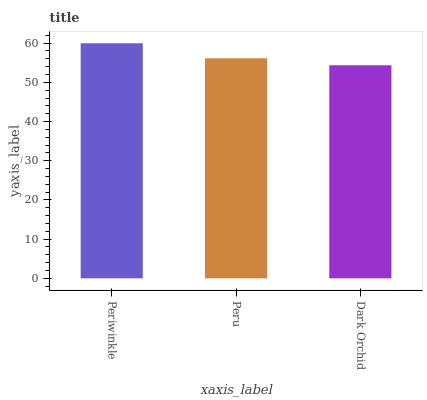
| xaxis_label | bars |
 | --- | --- |
 | Periwinkle | 60 |
 | Peru | 56.1 |
 | Dark Orchid | 54.4 |